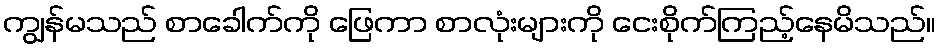
ကျွန်မသည် စာခေါက်ကို ဖြေကာ စာလုံးများကို ငေးစိုက်ကြည့်နေမိသည်။